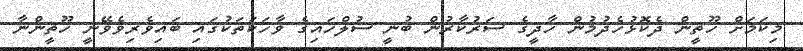
މިކަމަށް ހޫޘީން ދެކޮޅުހެދުމުން ހާދީގެ ސަރުކާރުން ބުނީ ސުލްހައިގެ ވާހަކަތަކުގައި ބައިވެރިވެވޭނީ ހޫޘީންނާ